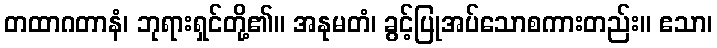
တထာဂတာနံ၊ ဘုရားရှင်တို့၏။ အနုမတံ၊ ခွင့်ပြုအပ်သောစကားတည်း။ ဧသာ၊